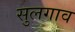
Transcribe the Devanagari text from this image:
सुलगाव